On a parasite found in persons suffering from enlargement of the spleen in India - Number 15
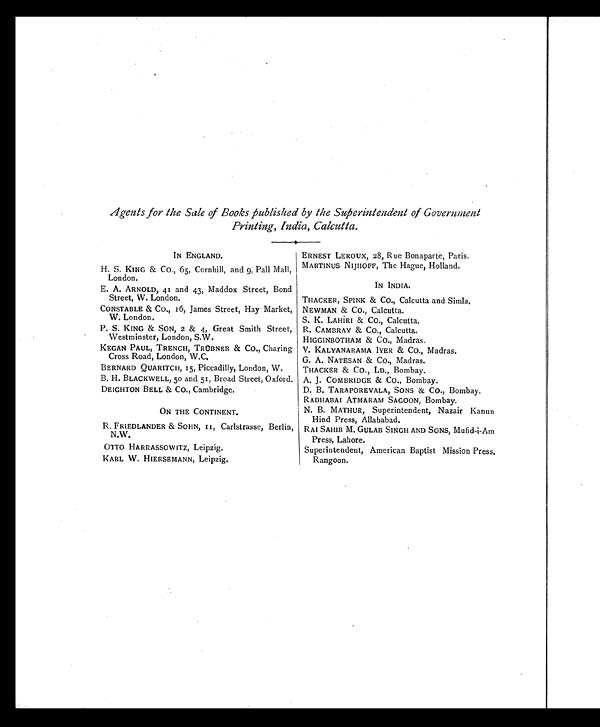
Agents for the Sale of Books published by the Superintendent of Government
Printing, India, Calcutta.
IN ENGLAND.
ERNEST LEROUX, 28, Rue Bonaparte, Paris.
H. S. KING & CO., 65, Cornhill, and 9, Pall Mall,
London.
MARTINUS NIJHOFF, The Hague, Holland.
IN INDIA.
THACKER, SPINK & CO., Calcutta and Simla.
E. A. ARNOLD, 41 and 43, Maddox Street, Bond
Street, W. London.
CONSTABLE & CO., 16, James Street, Hay Market,
W. London.
NEWMAN & CO., Calcutta.
S. K. LAHIRI & CO., Calcutta.
P. S. KING & SON, 2 & 4, Great Smith Street,
Westminster, London, S.W.
R. CAMBRAY & CO., Calcutta.
HIGGINBOTHAM & CO., Madras.
KEGAN PAUL, TRENCH, TRÜBNER & CO., Charing
Cross Road, London, W.C.
V. KALYANARAMA IYER & CO., Madras.
G. A. NATESAN & CO., Madras.
BERNARD QUARITCH, 15, Piccadilly, London, W.
THACKER & CO., LD., Bombay.
B. H. BLACKWELL, 5o and 51, Broad Street, Oxford. A. J. COMBRIDGE & CO., Bombay.
DEIGHTON BELL & CO., Cambridge.
D. B. TARAPOREVALA, SONS & CO., Bombay.
RADHABAI ATMARAM SAGOON, Bombay.
ON THE CONTINENT.
N. B. MATHUR, Superintendent, Nazair Kanun
Hind Press, Allahabad.
R. FRIEDLANDER & SOHN, 11, Carlstrasse, Berlin,
N.W.
RAI SAHIB
M. GULAB SINGH AND SONS, Mufid-i-Am
Press, Lahore.
OTTO HARRASSOWITZ, Leipzig.
Superintendent, American Baptist Mission Press.
Rangoon.
KARL W. HIERSEMANN, Leipzig.